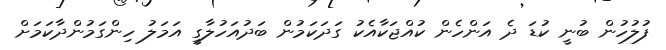
ފުލުހުން ބުނީ ކުޑަ ދެ އަންހެން ކުއްޖަކާއެކު ގަދަކަމުން ބަދުއަހުލާގީ އަމަލު ހިންގަމުންދާކަމަށް